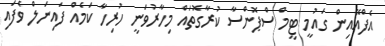
އެފްއޭއިން ގައުމީ ޓީމް ސްޕޮންސާ ކުރާގޮތައް މިހާރުވަނީ ހުރިހާ ކަމެއް ފައިނަލް ވެފައި